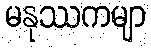
မနုဿကမျာ